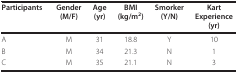
<table><thead><tr><td><b>Participants</b></td><td><b>Gender(M/F)</b></td><td><b>Age(yr)</b></td><td><b>BMI(kg/m<sup>2</sup>)</b></td><td><b>Smorker(Y/N)</b></td><td><b>KartExperience(yr)</b></td></tr></thead><tbody><tr><td>A</td><td>M</td><td>31</td><td>18.8</td><td>Y</td><td>10</td></tr><tr><td>B</td><td>M</td><td>34</td><td>21.3</td><td>N</td><td>1</td></tr><tr><td>C</td><td>M</td><td>35</td><td>21.1</td><td>N</td><td>3</td></tr></tbody></table>